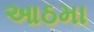
આઠમા